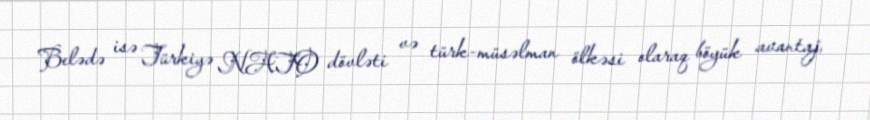
Belədə isə Türkiyə NATO dövləti və türk-müsəlman ölkəsi olaraq böyük avantaj,